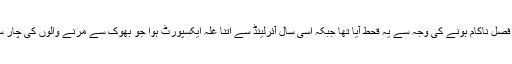
تاریخ میں وجہ یہ بتائی جاتی ہے کہ آلو کی فصل ناکام ہونے کی وجہ سے یہ قحط آیا تھا جبکہ اسی سال آئرلینڈ سے اتنا غلہ ایکسپورٹ ہوا جو بھوک سے مرنے والوں کی چار سال تک غذائی ضرورت پوری کر سکتا تھا۔